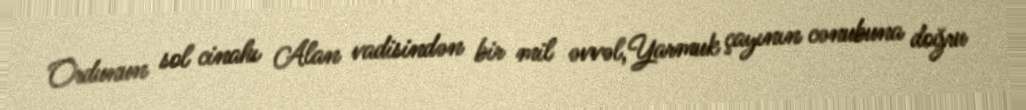
Ordunun sol cinahı Alan vadisindən bir mil əvvəl,Yarmuk çayının cənubuna doğru